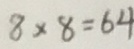
8 \times 8 = 6 4